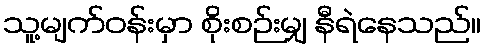
သူ့မျက်ဝန်းမှာ စိုးစဉ်းမျှ နီရဲနေသည်။